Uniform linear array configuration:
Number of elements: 48
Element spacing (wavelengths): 0.5
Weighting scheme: exponential
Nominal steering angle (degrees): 45
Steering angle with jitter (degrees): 44.206
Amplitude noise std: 0.05
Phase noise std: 0.05

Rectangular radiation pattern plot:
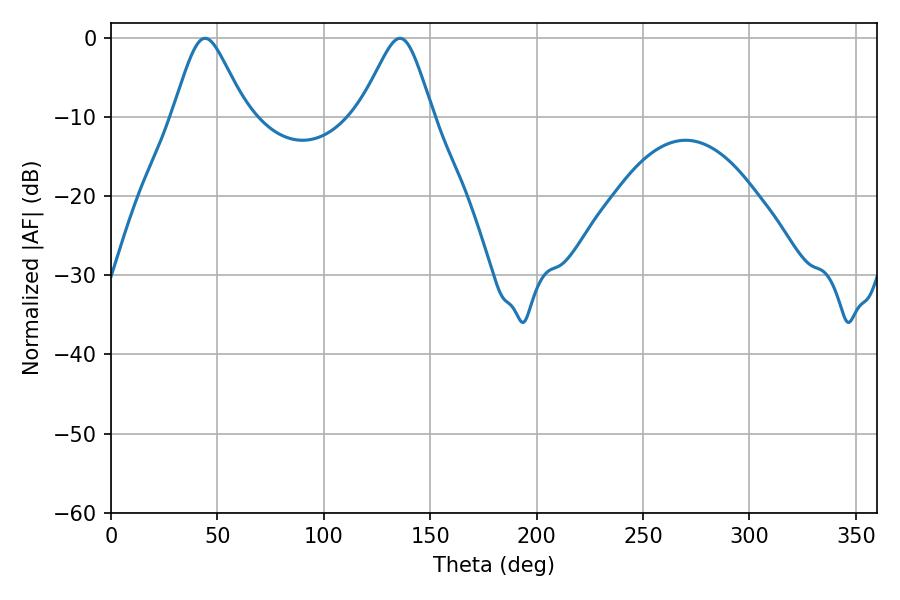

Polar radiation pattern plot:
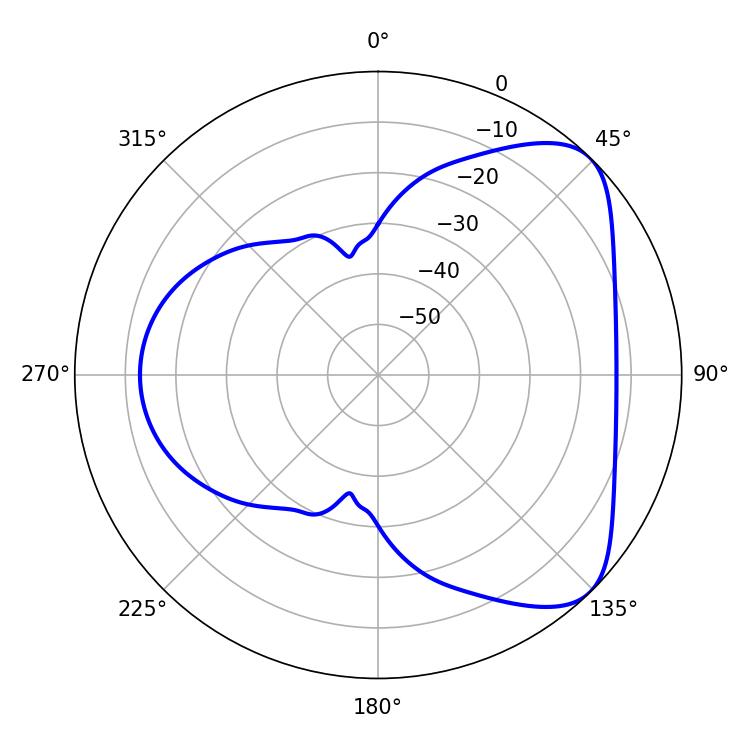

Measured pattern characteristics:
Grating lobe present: FALSE
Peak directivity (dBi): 6.065
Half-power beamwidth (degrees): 16.56
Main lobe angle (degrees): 44.28